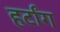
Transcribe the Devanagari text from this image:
हर्टांग